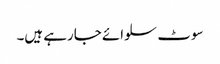
سوٹ سلوائے جارہے ہیں۔